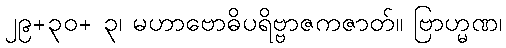
၂၉+၃၀+ ၃၊ မဟာဗောဓိပရိဗ္ဗာဇကဇာတ်။ ဗြာဟ္မဏ၊